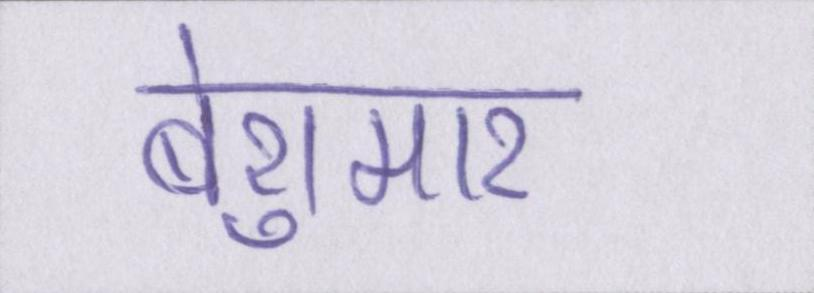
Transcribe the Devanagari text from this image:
बेशुमार